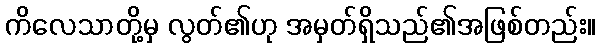
ကိလေသာတို့မှ လွတ်၏ဟု အမှတ်ရှိသည်၏အဖြစ်တည်း။